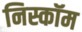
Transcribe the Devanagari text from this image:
निस्कॉम